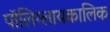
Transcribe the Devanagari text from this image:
पॉलिग्लायकालिक